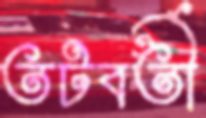
তটবর্তী